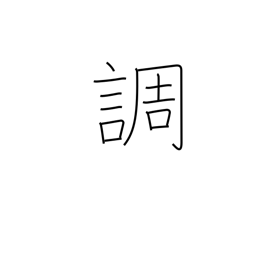
Meaning: tune